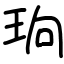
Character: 珦